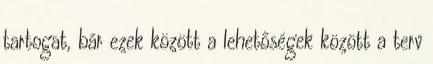
tartogat, bár ezek között a lehetőségek között a terv